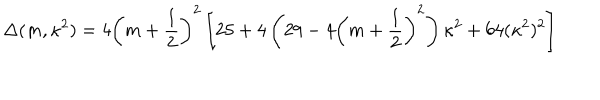
\Delta ( m , \kappa ^ { 2 } ) = 4 \left( m + \frac 1 2 \right) ^ { 2 } \left[ 2 5 + 4 \left( 2 9 - 4 \left( m + \frac 1 2 \right) ^ { 2 } \right) \kappa ^ { 2 } + 6 4 ( \kappa ^ { 2 } ) ^ { 2 } \right]